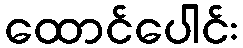
ထောင်ပေါင်း